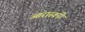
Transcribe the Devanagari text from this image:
आरास्वनी